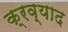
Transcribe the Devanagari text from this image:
क्रव्याद